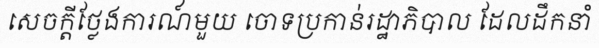
សេចក្តីថ្លែងការណ៍មួយ ចោទប្រកាន់រដ្ឋាភិបាល ដែលដឹកនាំ